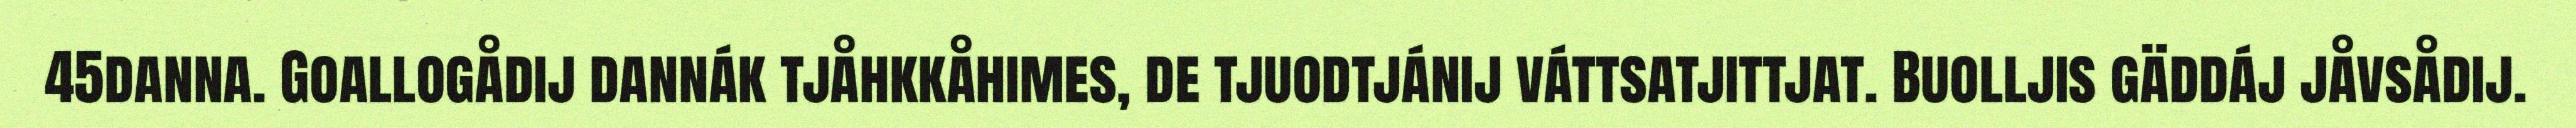
45danna. Goallogådij dannák tjåhkkåhimes, de tjuodtjánij váttsatjittjat. Buolljis gäddáj jåvsådij.